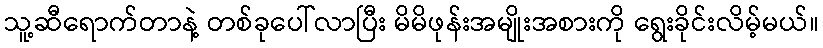
သူ့ဆီရောက်တာနဲ့ တစ်ခုပေါ်လာပြီး မိမိဖုန်းအမျိုးအစားကို ရွေးခိုင်းလိမ့်မယ်။